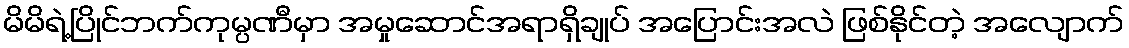
မိမိရဲ့ပြိုင်ဘက်ကုမ္ပဏီမှာ အမှုဆောင်အရာရှိချုပ် အပြောင်းအလဲ ဖြစ်နိုင်တဲ့ အလျောက်